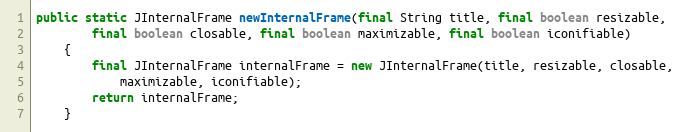
Language: Java
public static JInternalFrame newInternalFrame(final String title, final boolean resizable,
		final boolean closable, final boolean maximizable, final boolean iconifiable)
	{
		final JInternalFrame internalFrame = new JInternalFrame(title, resizable, closable,
			maximizable, iconifiable);
		return internalFrame;
	}